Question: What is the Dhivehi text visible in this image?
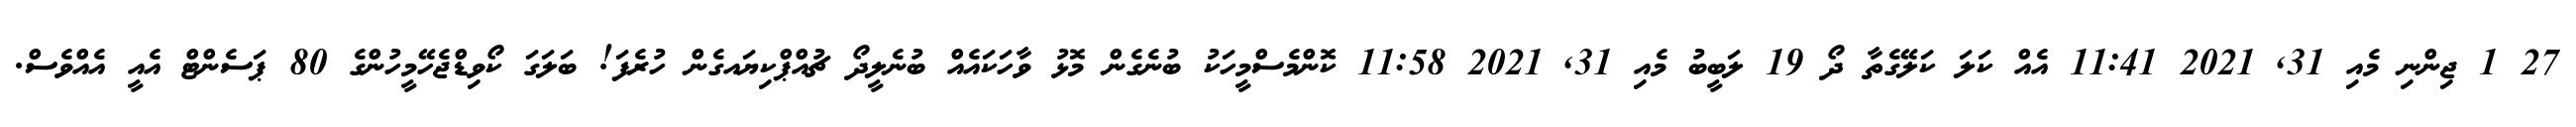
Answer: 27 1 ޖިންނި މެއި 31, 2021 11:41 އެއް ކަލަ ކަލޭގެތާ ދޯ 19 ލަބީބު މެއި 31, 2021 11:58 ކޮންމެސްމީހަކު ބުނެގެން މޮޅު ވާހަކައެއް ބުނެލީދޯ ޗުއްޕްކިޔައގެން ހުރެފަ! ބަލަގަ ކޯވިޑްޖެހޭމީހުންގެ 80 ޕަސެންޓް އެއީ އެއްވެސް.